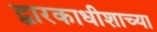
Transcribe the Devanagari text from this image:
द्वारकाधीशाच्या